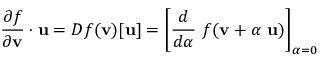
{ \frac { \partial f } { \partial \mathbf { v } } } \cdot \mathbf { u } = D f ( \mathbf { v } ) [ \mathbf { u } ] = \left[ { \frac { d } { d \alpha } } ~ f ( \mathbf { v } + \alpha ~ \mathbf { u } ) \right] _ { \alpha = 0 }